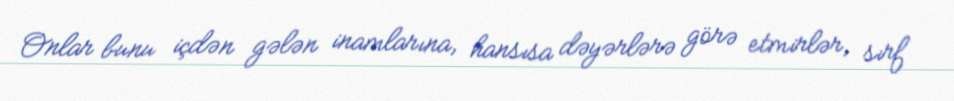
Onlar bunu içdən gələn inamlarına, hansısa dəyərlərə görə etmirlər, sırf